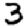
Digit: 3